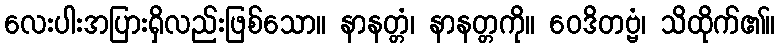
လေးပါးအပြားရှိလည်းဖြစ်သော။ နာနတ္တံ၊ နာနတ္တကို။ ဝေဒိတဗ္ဗံ၊ သိထိုက်၏။